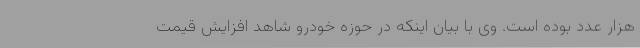
هزار عدد بوده است. وی با بیان اینکه در حوزه خودرو شاهد افزایش قیمت